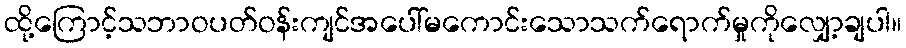
ထို့ကြောင့်သဘာဝပတ်ဝန်းကျင်အပေါ်မကောင်းသောသက်ရောက်မှုကိုလျှော့ချပါ။